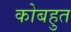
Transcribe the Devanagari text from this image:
कोबहुत